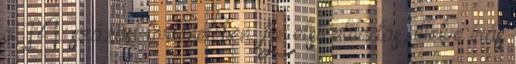
a 14. század történetében. Az első előadás, illetve írás